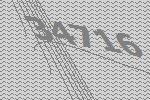
34716